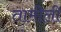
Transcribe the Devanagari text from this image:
तामीली